Problem: 36 + 33 = ?
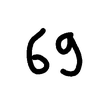
Handwritten answer: 69